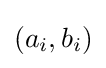
(a_{i},b_{i})